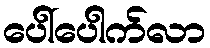
ပေါ်ပေါက်လာ